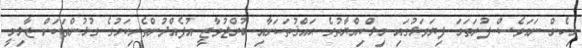
މިހެން ނަމަވެސް ފުރަތަމަ ފިޔަވަޅުގައި މިލްކިއްޔާތުގެ ޙައްޤުތަކަށާއި ބުރްޖުވާޒީ އުފެއްދުންތެރިކަމުގެ ގުޅުންތަކަށް ޒާލިމީ